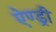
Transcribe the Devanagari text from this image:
ऐण्ड्री